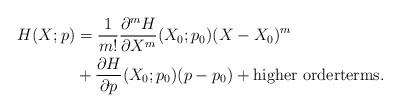
LaTeX: \begin{align*}H(X;p) & =\frac{1}{m!}\frac{\partial^{m}H}{\partial X^{m}}(X_{0};p_{0})(X-X_{0})^{m} \\& +\frac{\partial H}{\partial p}(X_{0};p_{0})(p-p_{0})+\text{higher orderterms.} \end{align*}